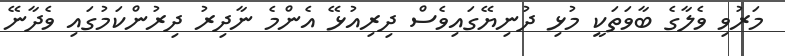
މަރުވި ވެލާގެ ބާވަތަކީ މުޅި ދުނިޔޭގައިވެސް ދިރިއުޅޭ އެންމެ ނާދިރު ދިރުންކަމުގައި ވެދާނޭ